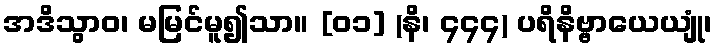
အဒိသွာဝ၊ မမြင်မူ၍သာ။ [၀၁] (နိ၊ ၄၄၄) ပရိနိဗ္ဗာယေယျုံ၊